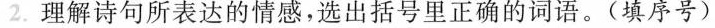
2.理解诗句所表达的情感，选出括号里正确的词语。(填序号)